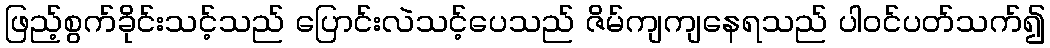
ဖြည့်စွက်ခိုင်းသင့်သည် ပြောင်းလဲသင့်ပေသည် ဇိမ်ကျကျနေရသည် ပါဝင်ပတ်သက်၍